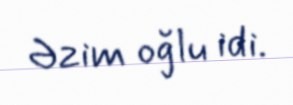
Əzim oğlu idi.